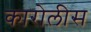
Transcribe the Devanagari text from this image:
कारोलीस